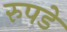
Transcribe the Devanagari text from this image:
रुपडे